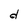
Character: d